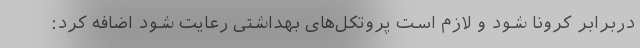
دربرابر کرونا شود و لازم است پروتکل‌های بهداشتی رعایت شود اضافه کرد: